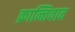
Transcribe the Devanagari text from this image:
क्रान्तिवाद